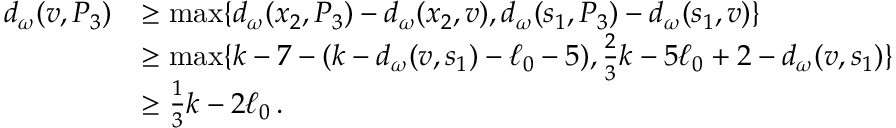
\begin{array} { r l } { d _ { \omega } ( v , P _ { 3 } ) } & { \ge \operatorname* { m a x } \{ d _ { \omega } ( x _ { 2 } , P _ { 3 } ) - d _ { \omega } ( x _ { 2 } , v ) , d _ { \omega } ( s _ { 1 } , P _ { 3 } ) - d _ { \omega } ( s _ { 1 } , v ) \} } \\ & { \ge \operatorname* { m a x } \{ k - 7 - ( k - d _ { \omega } ( v , s _ { 1 } ) - \ell _ { 0 } - 5 ) , \frac { 2 } { 3 } k - 5 \ell _ { 0 } + 2 - d _ { \omega } ( v , s _ { 1 } ) \} } \\ & { \ge \frac 1 3 k - 2 \ell _ { 0 } \, . } \end{array}